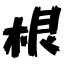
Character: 根